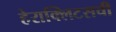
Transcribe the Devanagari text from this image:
हेराक्लिटसची